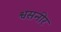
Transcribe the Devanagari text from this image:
श्वसनीर